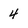
Character: 4